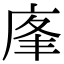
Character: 𢈦